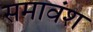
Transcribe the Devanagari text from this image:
समावंश